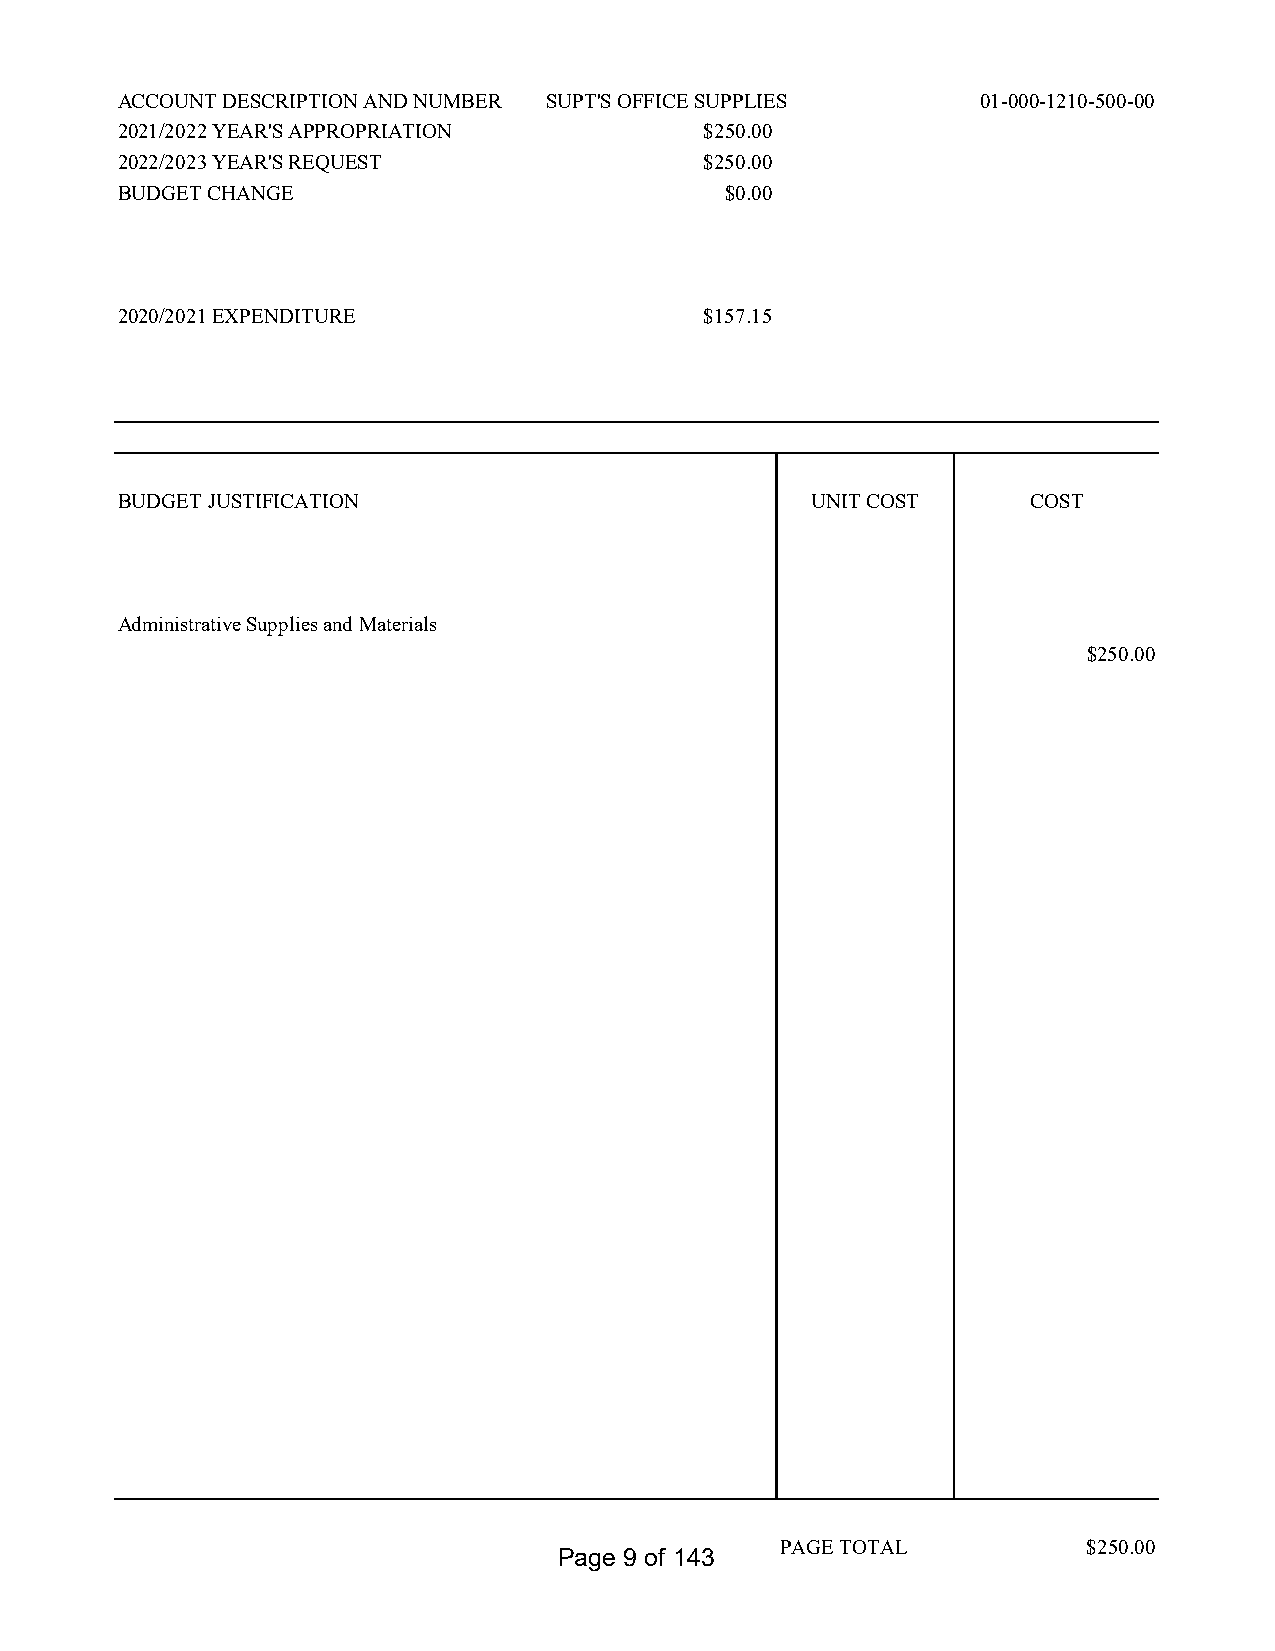
ACCOUNT DESCRIPTION AND NUMBER SUPT'S OFFICE SUPPLIES    01-000-1210-500-00
 2021/2022 YEAR'S APPROPRIATION         $250.00
 2022/2023 YEAR'S REQUEST               $250.00
 BUDGET CHANGE                           $0.00
 2020/2021 EXPENDITURE                  $157.15
 BUDGET JUSTIFICATION                          UNIT COST     COST
 Administrative Supplies and Materials
 $250.00
 PAGE TOTAL          $250.00
 Page 9 of 143